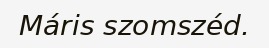
Máris szomszéd.